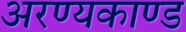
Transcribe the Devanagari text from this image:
अरण्‍यकाण्‍ड